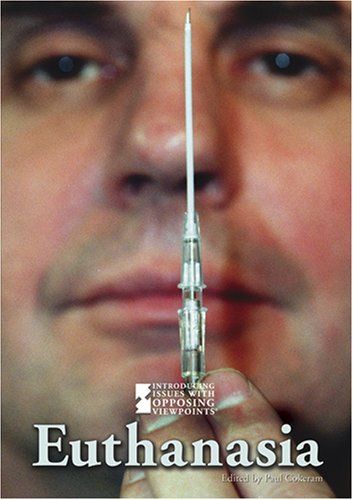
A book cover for Euthanasia (Introducing Issues with Opposing Viewpoints); Paul Cokeram; Teen & Young Adult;